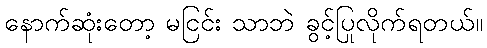
နောက်ဆုံးတော့ မငြင်း သာဘဲ ခွင့်ပြုလိုက်ရတယ်။